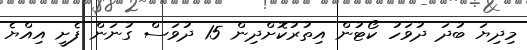
މިދިޔަ ބުދަ ދުވަހު ކޯޓުން އިތުރުކޮށްދިން 15 ދުވަސް ގުނަން ފެށީ އިއްޔެ